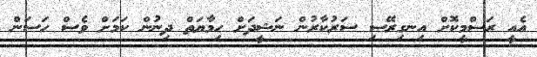
އެއީ ރަސްމީކޮށް އިނގިރޭސި ސަރުކާރުން ނަޝީދަށް ހިމާޔަތް ދިނުން ކަމަށް ވެސް ހަސަން